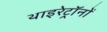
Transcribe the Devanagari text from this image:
थाइरेट्रॉनों